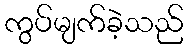
ကွပ်မျက်ခဲ့သည်